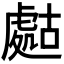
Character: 𧇡